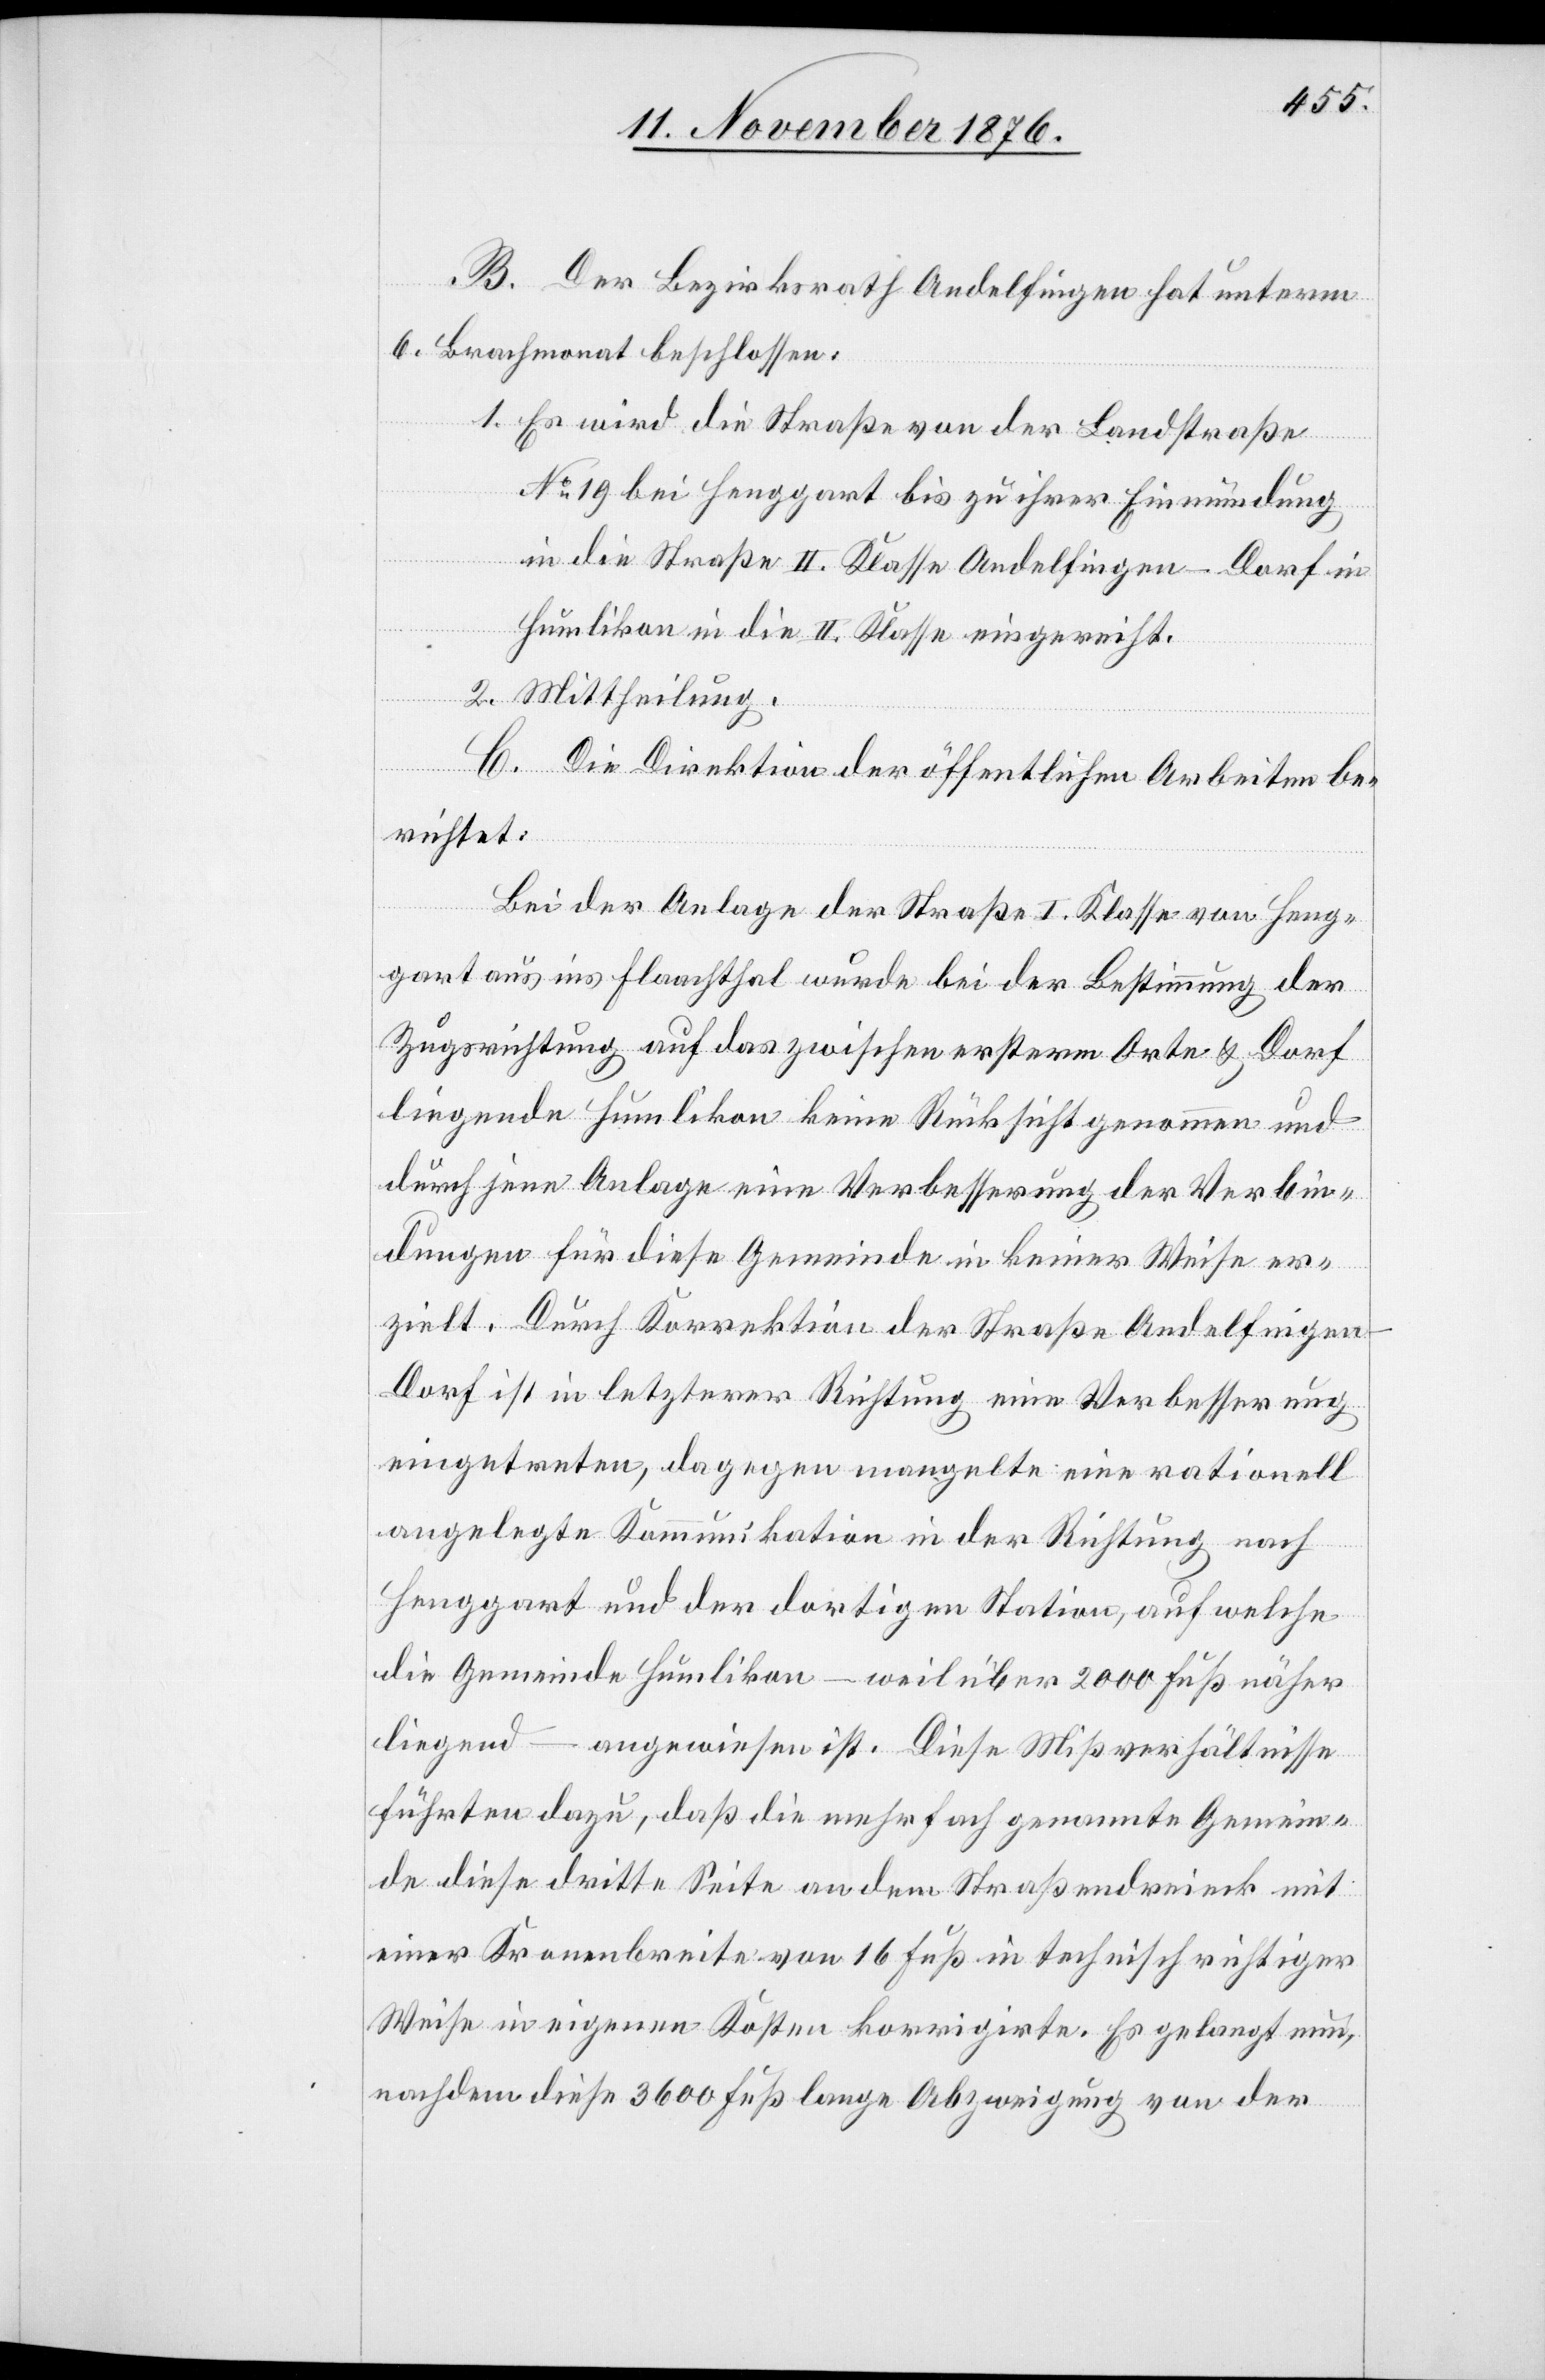
B. Der Bezirksrath Andelfingen hat unterm
6. Brachmonat beschlossen:
1. Es wir die Straße von der Landstraße
No 19 bei Henggart bis zu ihrer Einmündung
in die Straße II. Klasse Andelfingen–Dorf in
Humlikon in die II. Klasse eingereiht.
2. Mittheilung.
C. Die Direktion der öffentlichen Arbeiten be¬
richtet:
Bei der Anlage der Straße I. Klasse von Heng¬
gart aus ins Flaachthal wurde bei der Bestimmung der
Zugsrichtung auf das zwischen ersterm Orte & Dorf
liegende Humlikon keine Rücksicht genommen und
durch jene Anlage eine Verbesserung der Verbin¬
dungen für diese Gemeinde in keiner Weise er¬
zielt. Durch Korrektion der Straße Andelfingen–D¬
orf ist in letzterer Richtung eine Verbesserung
eingetreten, dagegen mangelte eine rationell
angelegte Kommunikation der Richtung nach
Henggart und er dortigen Station, auf welche
die Gemeinde Humlikon – weil über 2000 Fuß näher
liegend – angewiesen ist. Diese Mißverhältnisse
führten dazu, daß die mehrfach genannte Gemein¬
de diese dritte Seite an dem Straßendreieck mit
einer Kronenbreite von 16 Fuß in technisch richtiger
Weise in eigenen Kosten korrigirte. Es gelangt nun,
nachdem diese 3600 Fuß lange Abzweigung von der